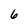
Character: 6